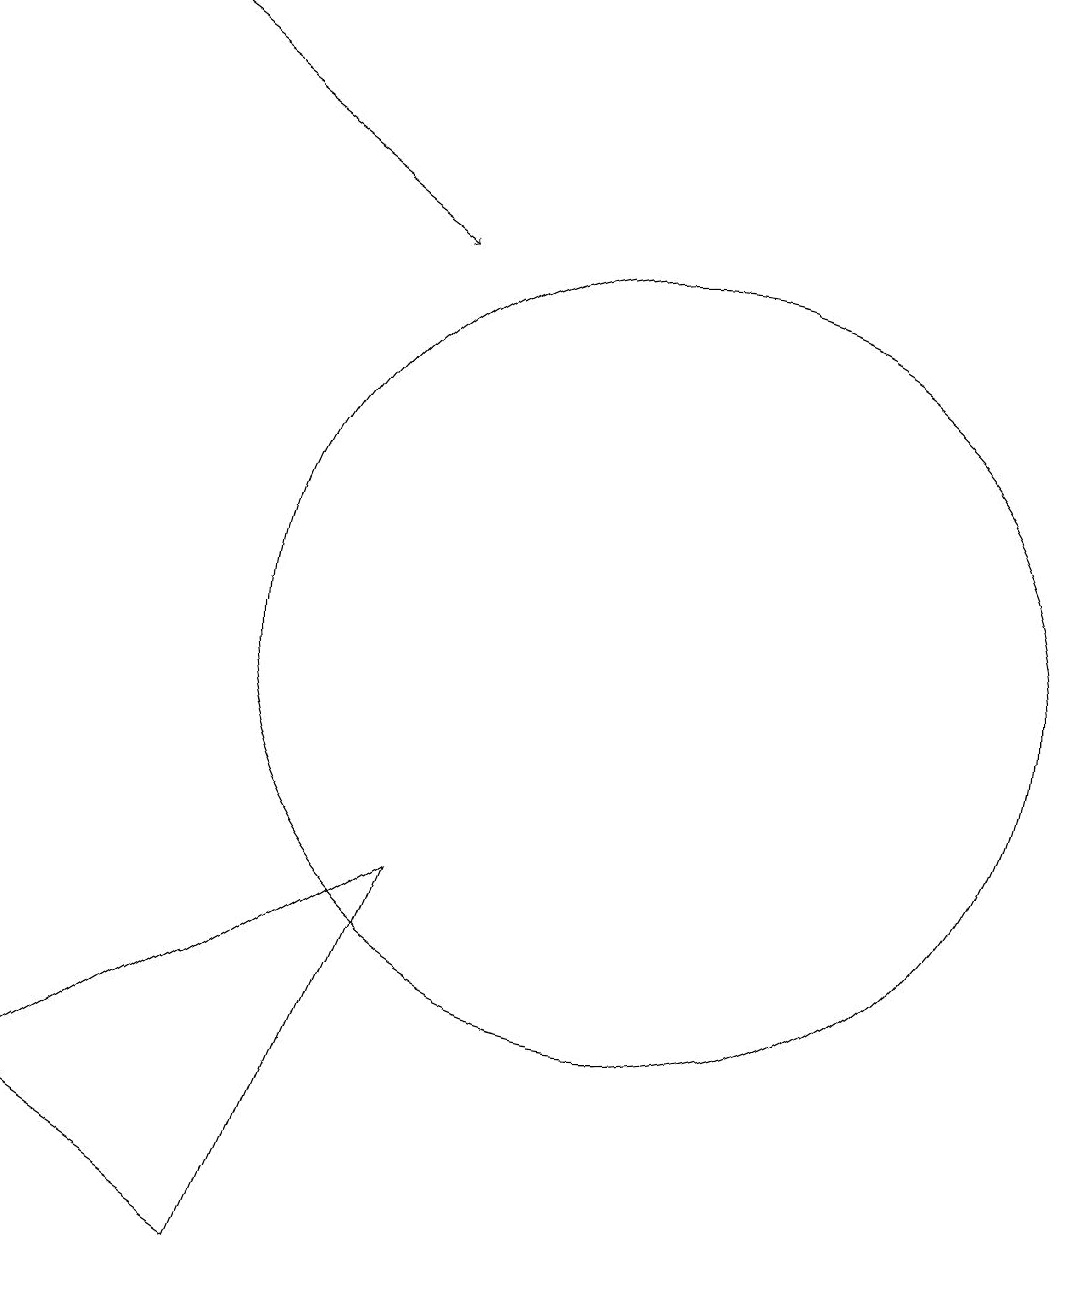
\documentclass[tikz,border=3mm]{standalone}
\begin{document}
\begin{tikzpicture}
\draw (11,10) circle (5);
\draw (6,2) -- (8,7) -- (3,4) -- cycle;
\draw[->] (4,18) -- (8,15);
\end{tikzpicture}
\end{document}